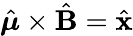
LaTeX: \hat{\boldsymbol{\mu}}\times\hat{\mathbf{B}}=\hat{\mathbf{x}}